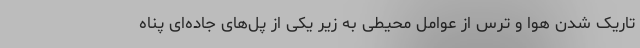
تاریک شدن هوا و ترس از عوامل محیطی به زیر یکی از پل‌های جاده‌ای پناه